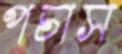
পচাস